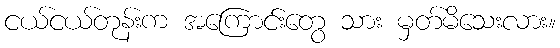
ငယ်ငယ်တုန်းက အကြောင်းတွေ သား မှတ်မိသေးလား။